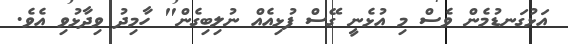
އަޅުގަނޑުމެން ވެސް މި އުޅެނީ ގޭސް ފުޅިއެއް ނުލިބިގެން" ހާމިދު ވިދާޅުވި އެވެ.